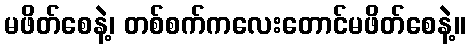
မဖိတ်စေနဲ့၊ တစ်စက်ကလေးတောင်မဖိတ်စေနဲ့။